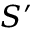
S ^ { \prime }